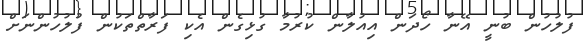
ފުލުހުން ބުނީ އޭނާ ހޯދަން އިއުލާން ކުރުމާ ގުޅިގެން އެކި ފަރާތްތަކުން ފުލުހުންނަށް